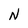
Character: N